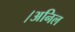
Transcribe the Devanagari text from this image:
।अनिल